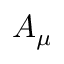
A _ { \mu }